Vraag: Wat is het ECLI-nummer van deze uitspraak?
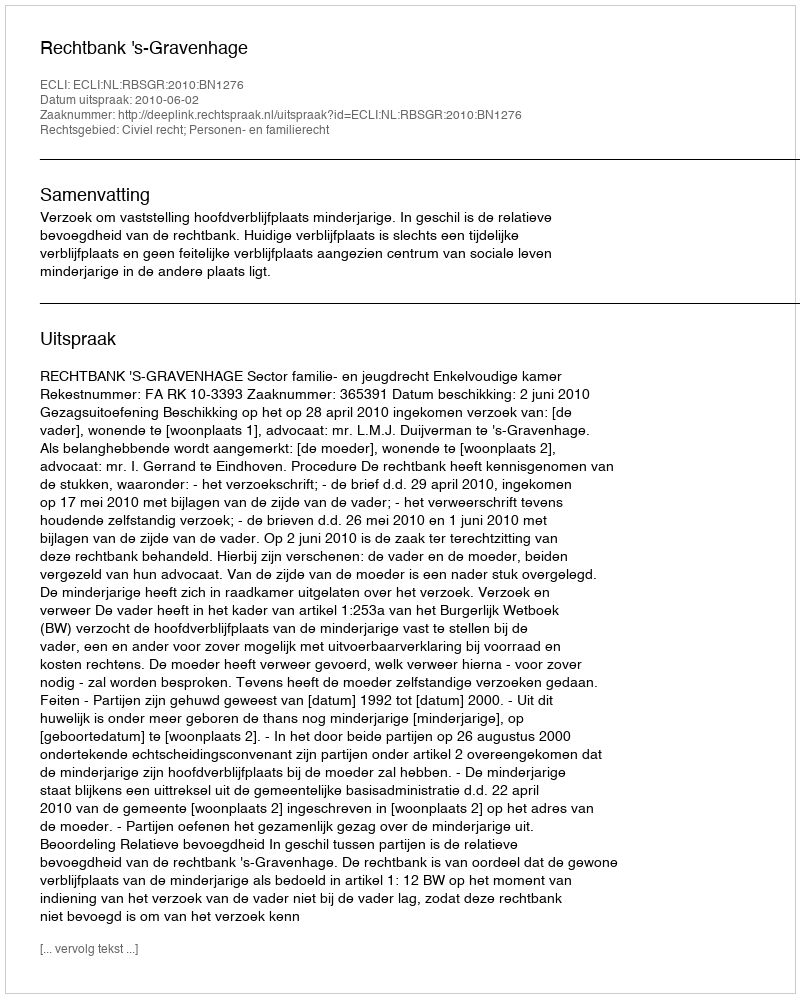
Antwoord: ECLI:NL:RBSGR:2010:BN1276